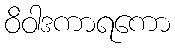
ဝိဝါဒကာရကော